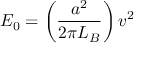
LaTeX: E _ { 0 } = \left( { \frac { a ^ { 2 } } { 2 \pi L _ { B } } } \right) v ^ { 2 }